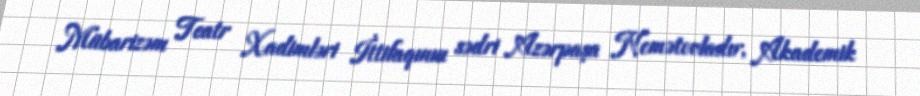
Mübarizəm Teatr Xadimləri İttifaqının sədri Azərpaşa Nemətovladır, Akademik